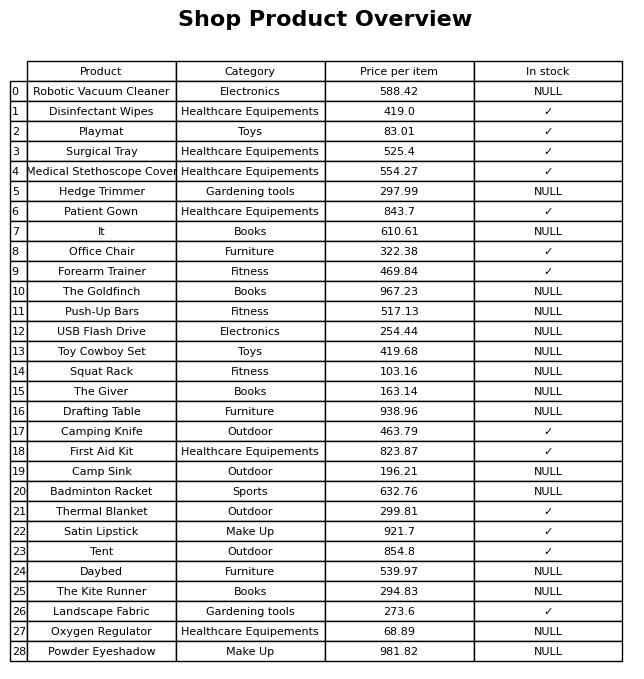
question: What is the price of the Daybed?
answer: The price of Daybed is 539.97.